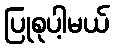
ပြုစုပါ့မယ်